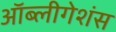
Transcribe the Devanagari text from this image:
ऑब्लीगेशंस